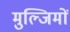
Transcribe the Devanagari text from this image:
मुल्जिमों